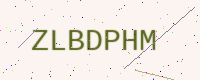
Text: ZLBDPHM